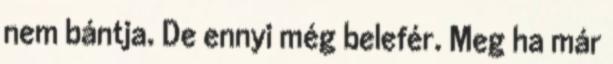
nem bántja. De ennyi még belefér. Meg ha már